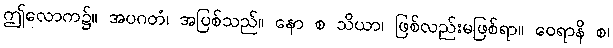
ဤလောက၌။ အပဂတံ၊ အပြစ်သည်။ နော စ သိယာ၊ ဖြစ်လည်းမဖြစ်ရာ။ ဝေရာနိ စ၊